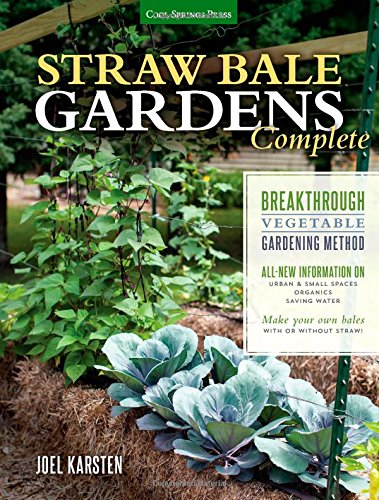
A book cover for Straw Bale Gardens Complete; Joel Karsten; Crafts, Hobbies & Home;